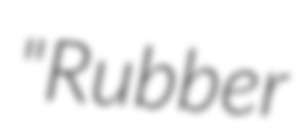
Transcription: "Rubber